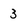
Character: 3